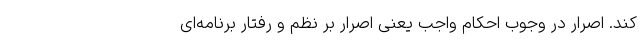
کند. اصرار در وجوب احکام واجب یعنی اصرار بر نظم و رفتار برنامه‌ای